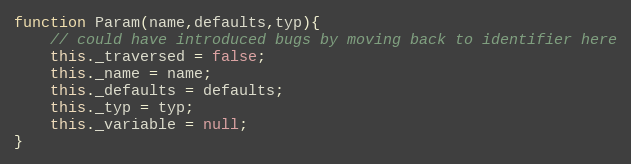
Language: JavaScript
function Param(name,defaults,typ){
	// could have introduced bugs by moving back to identifier here
	this._traversed = false;
	this._name = name;
	this._defaults = defaults;
	this._typ = typ;
	this._variable = null;
}